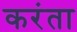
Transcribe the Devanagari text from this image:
करंता